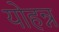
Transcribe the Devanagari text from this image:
योहन्न